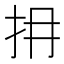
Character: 𢪈